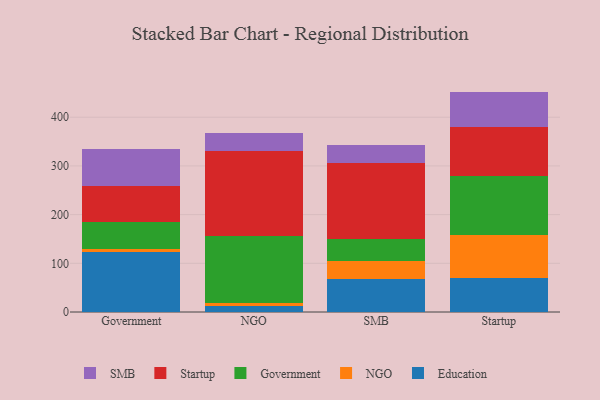
{"axis": {"x": "Segment", "y": "Latency (ms)"}, "legend": ["Education", "Government", "NGO", "SMB", "Startup"], "data": [{"x": "Government", "y": 123.0, "type": "Education"}, {"x": "Government", "y": 6.2, "type": "NGO"}, {"x": "Government", "y": 55.1, "type": "Government"}, {"x": "Government", "y": 74.7, "type": "Startup"}, {"x": "Government", "y": 74.9, "type": "SMB"}, {"x": "NGO", "y": 12.6, "type": "Education"}, {"x": "NGO", "y": 5.3, "type": "NGO"}, {"x": "NGO", "y": 137.8, "type": "Government"}, {"x": "NGO", "y": 174.3, "type": "Startup"}, {"x": "NGO", "y": 36.9, "type": "SMB"}, {"x": "SMB", "y": 68.5, "type": "Education"}, {"x": "SMB", "y": 36.3, "type": "NGO"}, {"x": "SMB", "y": 46.0, "type": "Government"}, {"x": "SMB", "y": 155.1, "type": "Startup"}, {"x": "SMB", "y": 36.7, "type": "SMB"}, {"x": "Startup", "y": 69.4, "type": "Education"}, {"x": "Startup", "y": 88.2, "type": "NGO"}, {"x": "Startup", "y": 122.7, "type": "Government"}, {"x": "Startup", "y": 100.2, "type": "Startup"}, {"x": "Startup", "y": 72.1, "type": "SMB"}]}